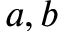
a , b